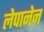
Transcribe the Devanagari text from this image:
लेपानेन